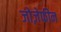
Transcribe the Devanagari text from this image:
जोज़ेफीन